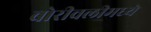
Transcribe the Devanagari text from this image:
बोरीवलीमध्ये